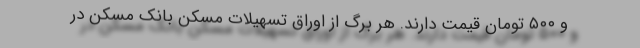
و ۵۰۰ تومان قیمت دارند. هر برگ از اوراق تسهیلات مسکن بانک مسکن در